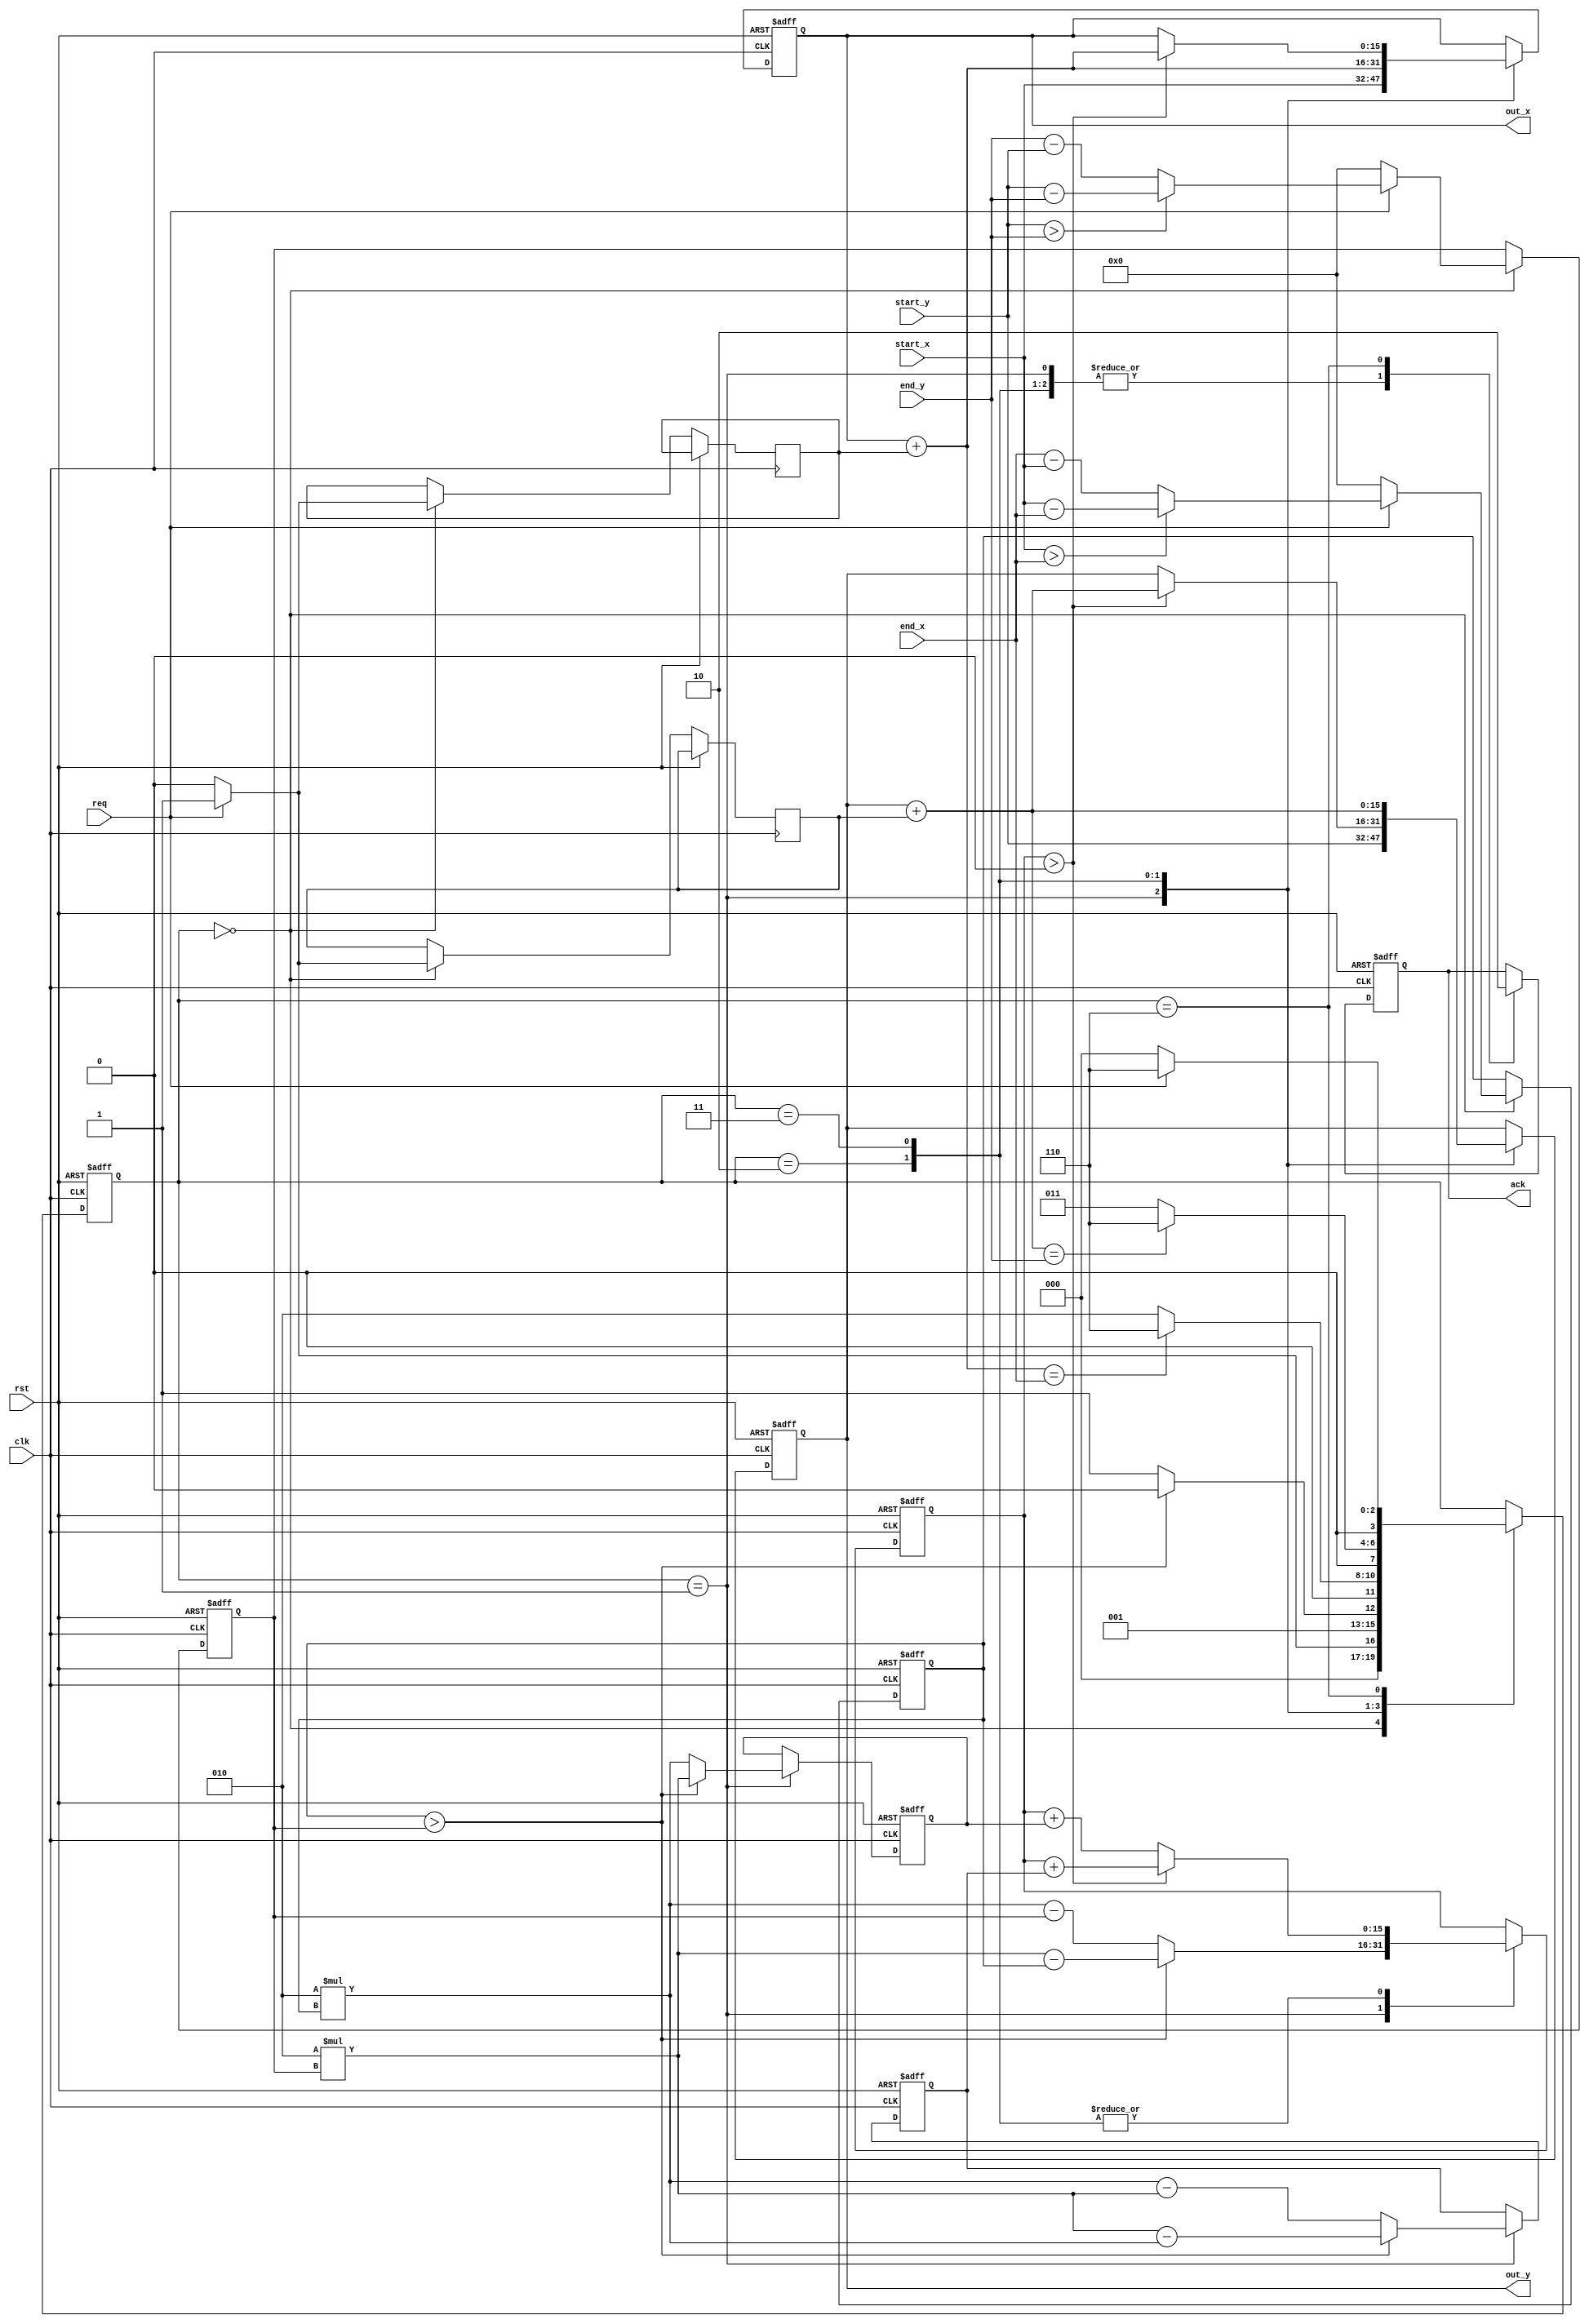
`timescale 1ns / 1ps
//////////////////////////////////////////////////////////////////////////////////
// Company: 
// Engineer: 
// 
// Design Name: 
// Module Name: BresenhamLine
// Project Name: 
// Target Devices: 
// Tool Versions: 
// Description: 
// 
// Dependencies: 
// 
// Revision:
// Revision 0.01 - File Created
// Additional Comments:
// 
//////////////////////////////////////////////////////////////////////////////////


module BresenhamLine(

    input wire clk,
    input wire rst,
    input wire req,
    input wire [15:0]start_x,
    input wire [15:0]start_y,
    input wire [15:0]end_x,
    input wire [15:0]end_y,
    
    output reg [15:0]out_x,
    output reg [15:0]out_y,
    output reg ack
    
    );
    
    localparam 
        LINE_START    = 4'b000,
        DIRECTION_SET = 4'b001,
        DRAW_HI_SLOPE = 4'b011,
        DRAW_LO_SLOPE = 4'b010,
        LINE_FINISH   = 4'b110;
    
    reg [15:0]out_x_nxt;
    reg [15:0]out_y_nxt; 
    reg ack_nxt;
    reg [3:0] state;
    
    reg signed [15:0] d; 
    reg signed [15:0] delta_A; 
    reg signed [15:0] delta_B; 
    reg signed [15:0] dx; 
    reg signed [15:0] dy;

    reg signed y_inc; 
    reg signed x_inc;
    

    
    always @(posedge clk or posedge rst)
    begin
        if( rst == 1'b1) 
        begin
            out_x <= 0;
            out_y <= 0;
            ack   <= 0;
            d  <= 0;             
            state <= LINE_START;
            
            delta_A  <= 0;
            delta_B  <= 0;
            dx <= 0;
            dy <= 0;
            
        end
        else 
        begin
            
            case( state )
            
                LINE_START:
                begin
                    
                    if( req == 1) begin
                        
                        if( start_x > end_x ) begin
                            dx <= start_x - end_x;
                            x_inc <= -1;
                        end
                        else begin
                            dx <= end_x - start_x;
                            x_inc <= 1;
                        end
                        
                        if( start_y > end_y ) begin
                            dy <= start_y - end_y;
                            y_inc <= -1;
                        end
                        else begin
                            dy <= end_y - start_y;
                            y_inc <= 1;
                        end
                        
                        state <= DIRECTION_SET;
                        
                    end
                    else 
                    begin
                        dx = 0;
                        dy = 0;
                        y_inc <= 0;
                        x_inc <= 0;
                        state <= LINE_START;
                    end    
                end
                
                DIRECTION_SET:
                begin
                    
                    out_x <= start_x;
                    out_y <= start_y;
                    ack   <= 1; 
                    
                    if( dx  > dy ) begin
                        
                        d       <= 2*dy - dx;
                        delta_A <= 2*dy;
                        delta_B <= 2*dy - 2*dx;
                        state   <= DRAW_LO_SLOPE;
                    end
                    else 
                    begin
                        d       <= 2*dx - dy;
                        delta_A <= 2*dx;
                        delta_B <= 2*dx - 2*dy;
                        state  <= DRAW_HI_SLOPE;
                    end
                    
                end
                
                DRAW_LO_SLOPE:
                begin
                    ack <= 1;
                    if( d > 0 ) begin
                        d <= d + delta_B;
                        out_x <= out_x + x_inc;
                        out_y <= out_y + y_inc;
                    end
                    else begin
                        d <= d + delta_A;
                        out_x <= out_x + x_inc;                       
                    end
                    
                    if( out_x + x_inc == end_x ) state = LINE_FINISH;
                    else state = DRAW_LO_SLOPE;
                    
                end
                
                DRAW_HI_SLOPE:
                begin
                    ack <= 1;
                    if( d > 0 ) begin
                        d <= d + delta_B;
                        out_x <= out_x + x_inc;
                        out_y <= out_y + y_inc;
                    end
                    else begin
                        d <= d + delta_A;
                        out_y <= out_y + y_inc;                       
                    end       
                    
                    if( out_y + y_inc == end_y ) state = LINE_FINISH;
                    else state = DRAW_HI_SLOPE;
                end
                
                LINE_FINISH:
                begin 
                    
                    ack <= 0;
                    if( req == 0)
                        state <= LINE_START;
                    else
                        state <= LINE_FINISH;
                end
            
            endcase
            
        end
    end
    
endmodule